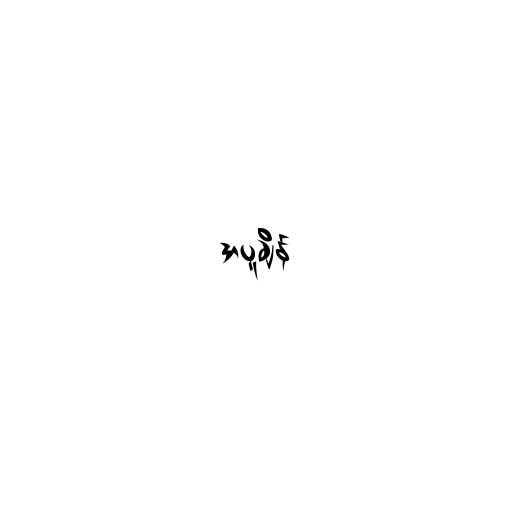
အပူချိန်